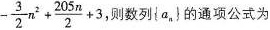
$$-\frac{3}{2}n^{2}+ \frac{205n}{2}+3$$,则数列\left\{ a_{n}\right\}的通项公式为